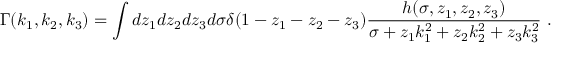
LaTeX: \Gamma ( k _ { 1 } , k _ { 2 } , k _ { 3 } ) = \int d z _ { 1 } d z _ { 2 } d z _ { 3 } d \sigma \delta ( 1 - z _ { 1 } - z _ { 2 } - z _ { 3 } ) { \frac { h ( \sigma , z _ { 1 } , z _ { 2 } , z _ { 3 } ) } { \sigma + z _ { 1 } k _ { 1 } ^ { 2 } + z _ { 2 } k _ { 2 } ^ { 2 } + z _ { 3 } k _ { 3 } ^ { 2 } } } ~ .